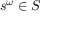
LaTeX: s ^ { \omega } \in S